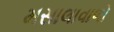
મસાલાવાળો